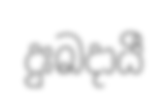
දුඃඛදායී